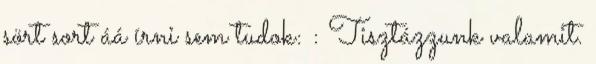
sört sort áá írni sem tudok: : Tisztázzunk valamit.